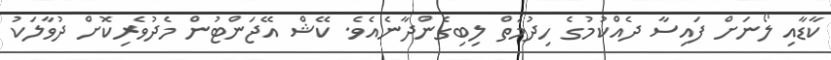
ކާޑާއި ލޯނަށް ފައިސާ ދެއްކުމުގެ ހިދުމަތް ލިބިގެންދާނެއެވެ. ކޭޝް އޭޖަންޓުން މެދުވެރިކޮށް ދުވާލަކު